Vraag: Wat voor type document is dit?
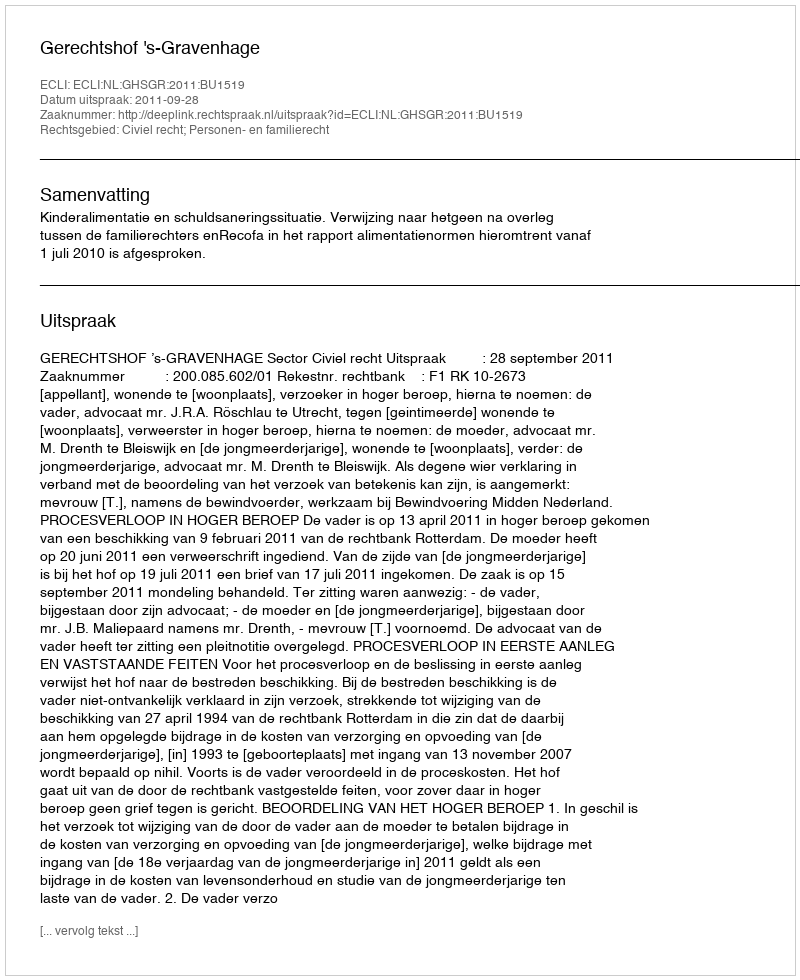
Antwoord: Uitspraak